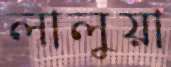
লালুয়া